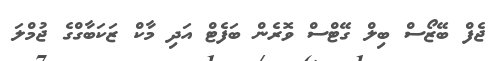
ޖެފް ބޭޒޯސް ބިލް ގޭޓްސް ވޮރެން ބަފެޓް އަދި މާކް ޒަކަބާގްގެ ޖުމްލަ